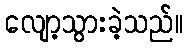
လျော့သွားခဲ့သည်။